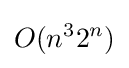
O(n^{3}2^{n})